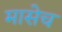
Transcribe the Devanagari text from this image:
मासेच